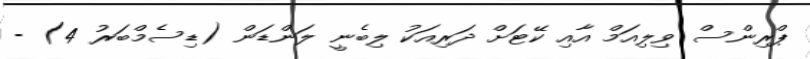
ޕްރިންސް ވިލިއަމް އާއި ކޭޓަށް ދަރިއަކު ލިބެނީ ލަންޑަން (ޑިސެމްބަރު 4) -